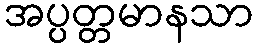
အပ္ပတ္တမာနသာ